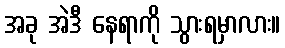
အခု အဲဒီ နေရာကို သွားရမှာလား။